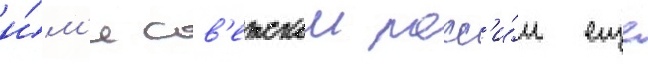
и́м'я сов'етскои росс'и́и еще